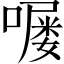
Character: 𫫵